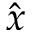
\hat { x }